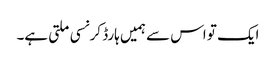
ایک تو اس سے ہمیں ہارڈ کرنسی ملتی ہے۔